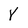
Character: 8